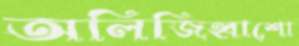
অলিজিহ্বাশো